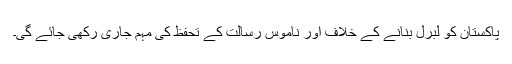
پاکستان کو لبرل بنانے کے خلاف اور ناموسِ رسالتۖ کے تحفظ کی مہم جاری رکھی جائے گی۔